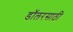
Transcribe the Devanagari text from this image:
डॉलरसाठी